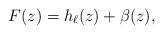
LaTeX: \begin{align*} F(z) = h_{\ell}(z) + \beta(z),\end{align*}